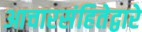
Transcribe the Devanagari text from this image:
आचारसंहितेद्वारे